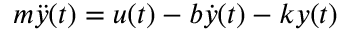
m { \ddot { y } } ( t ) = u ( t ) - b { \dot { y } } ( t ) - k y ( t )